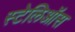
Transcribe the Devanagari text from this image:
स्टेलिऑस